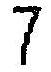
7